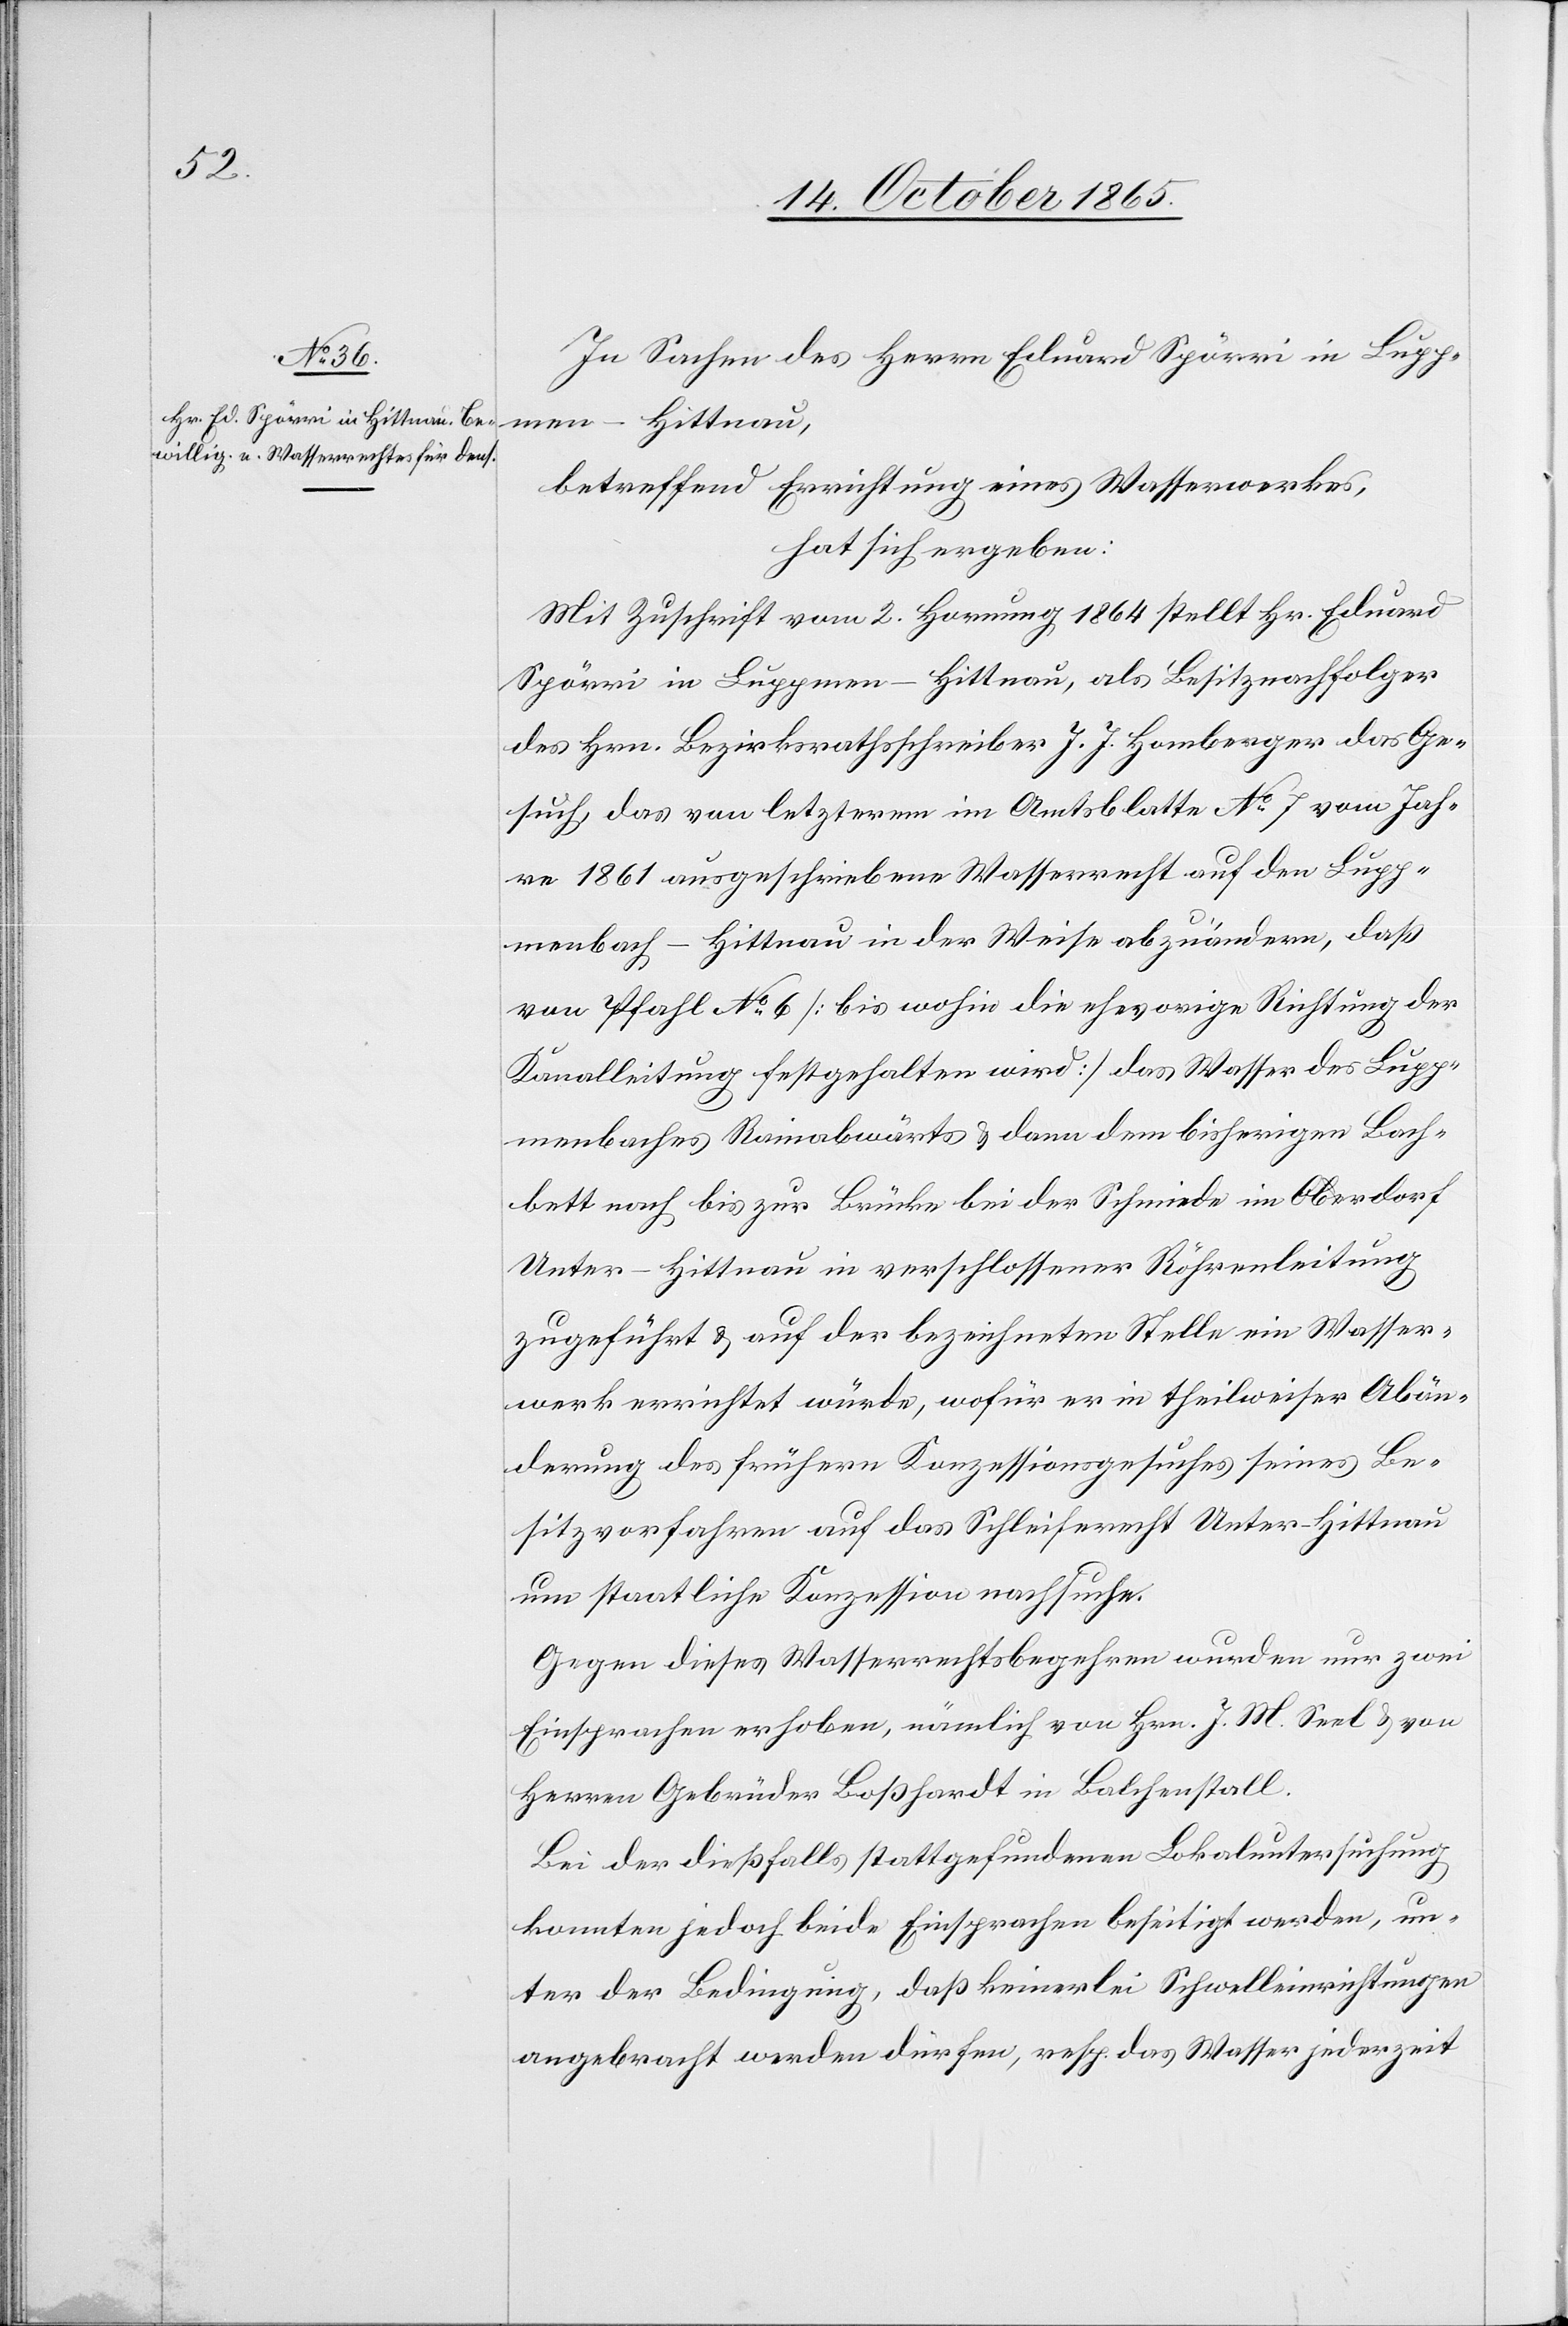
men
In Sachen des Herrn Eduard Spörri in Lupp¬
betreffend Errichtung eines Wasserwerkes,
hat sich ergeben:
Mit Zuschrift vom 2. Hornung 1864 stellt Hr. Eduard
Spörri von Luppmen - Hittnau, als Besitznachfolger
des Hrn. Bezirksrathsschreibers J. J. Homberger das Ge¬
such, das von letzterem im Amtsblatte No 7 vom Jah¬
re 1861 ausgeschriebene Wasserrecht auf den Lupp¬
menbach - Hittnau in der Weise abzuändern, daß
von Pfahl No 6 [bis wohin die ehevorige Richtung der
Kanalleitung festgehalten wird] das Wasser des Lupp¬
menbaches Rainabwärts & dann dem bisherigen Bach¬
bett nach bis zur Brücke bei der Schmiede im Oberdorf
Unter-Hittnau in verschlossener Röhrenleitung
zugeführt & auf der bezeichneten Stelle ein Wasser¬
werk errichtet würde, wofür er in theilweiser Abän¬
derung des frühern Konzessionsgesuches seines Be¬
sitzvorfahren auf das Schleiferecht Unter-Hittnau
um staatliche Konzession nachsuche.
Gegen dieses Wasserrechtsbegehren wurden nur zwei
Einsprachen erhoben, nämlich von Hrn. J. M. Seel & von
Herren Gebrüder Boßhardt in Balchenstall.
Bei der dießfalls stattgefundenen Lokaluntersuchung
konnten jedoch beide Einsprachen beseitigt werden, un¬
ter der Bedingung, daß keinerlei Schwelleinrichtungen
angebracht werden dürfen, resp. das Wasser jederzeit